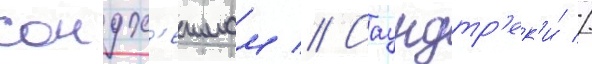
сондх'еимом // Саундтр'ек'и́ //